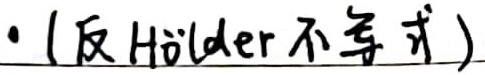
·（反 Hölder 不等式）